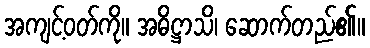
အကျင့်ဝတ်ကို။ အဓိဋ္ဌာသိ၊ ဆောက်တည်၏။